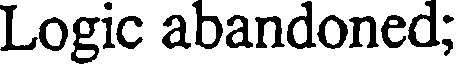
Logic abandoned;